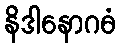
နိဒါနောဂဓံ